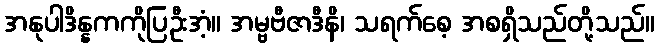
အနုပါဒိန္နကကိုပြဦးအံ့။ အမ္ဗဗီဇာဒီနိ၊ သရက်စေ့ အစရှိသည်တို့သည်။